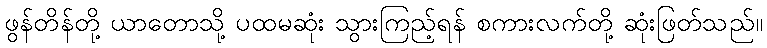
ဖွန်တိန်တို့ ယာတောသို့ ပထမဆုံး သွားကြည့်ရန် စကားလက်တို့ ဆုံးဖြတ်သည်။